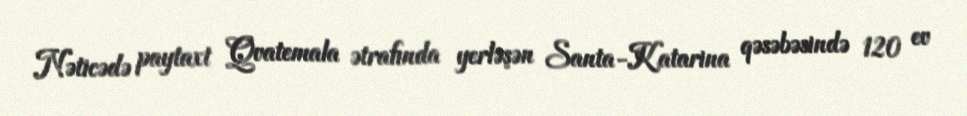
Nəticədə paytaxt Qvatemala ətrafında yerləşən Santa-Katarina qəsəbəsində 120 ev